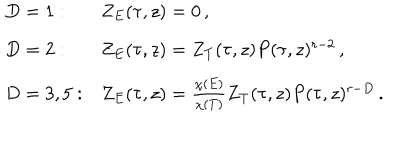
\begin{array} { l l } { { D = 1 : } } & { { Z _ { E } ( \tau , z ) = 0 \, , } } \\ { { D = 2 : } } & { { Z _ { E } ( \tau , z ) = Z _ { T } ( \tau , z ) P ( \tau , z ) ^ { r - 2 } \, , } } \\ { { D = 3 , 5 : } } & { { Z _ { E } ( \tau , z ) = \frac { \chi ( E ) } { \chi ( T ) } Z _ { T } ( \tau , z ) P ( \tau , z ) ^ { r - D } \, . } } \\ \end{array}